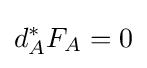
d_{A}^{*}F_{A}=0